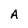
Character: A